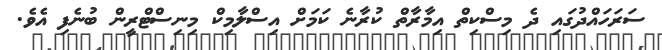
ސަރަހައްދުގައި ދެ މިސްކިތް އިމާރާތް ކުރާނެ ކަަމަށް އިސްލާމިކް މިނިސްޓްރީން ބުނެފި އެވެ.